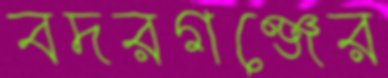
বদরগঞ্জের